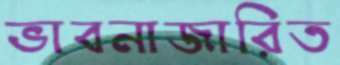
ভাবনাজারিত